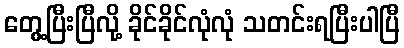
တွေ့ပြီးပြီလို့ ခိုင်ခိုင်လုံလုံ သတင်းရပြီးပါပြီ